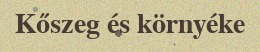
Kőszeg és környéke